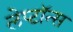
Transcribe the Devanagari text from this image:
लेप्टॉन्स